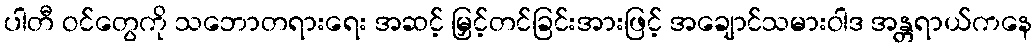
ပါတီ ဝင်တွေကို သဘောတရားရေး အဆင့် မြှင့်တင်ခြင်းအားဖြင့် အချောင်သမားဝါဒ အန္တရာယ်ကနေ